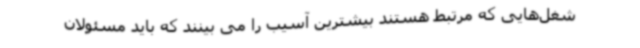
شغل‌هایی که مرتبط هستند بیشترین آسیب را می بینند که باید مسئولان